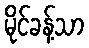
မိုင်ခန့်သာ